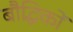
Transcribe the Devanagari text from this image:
बौद्धिकों